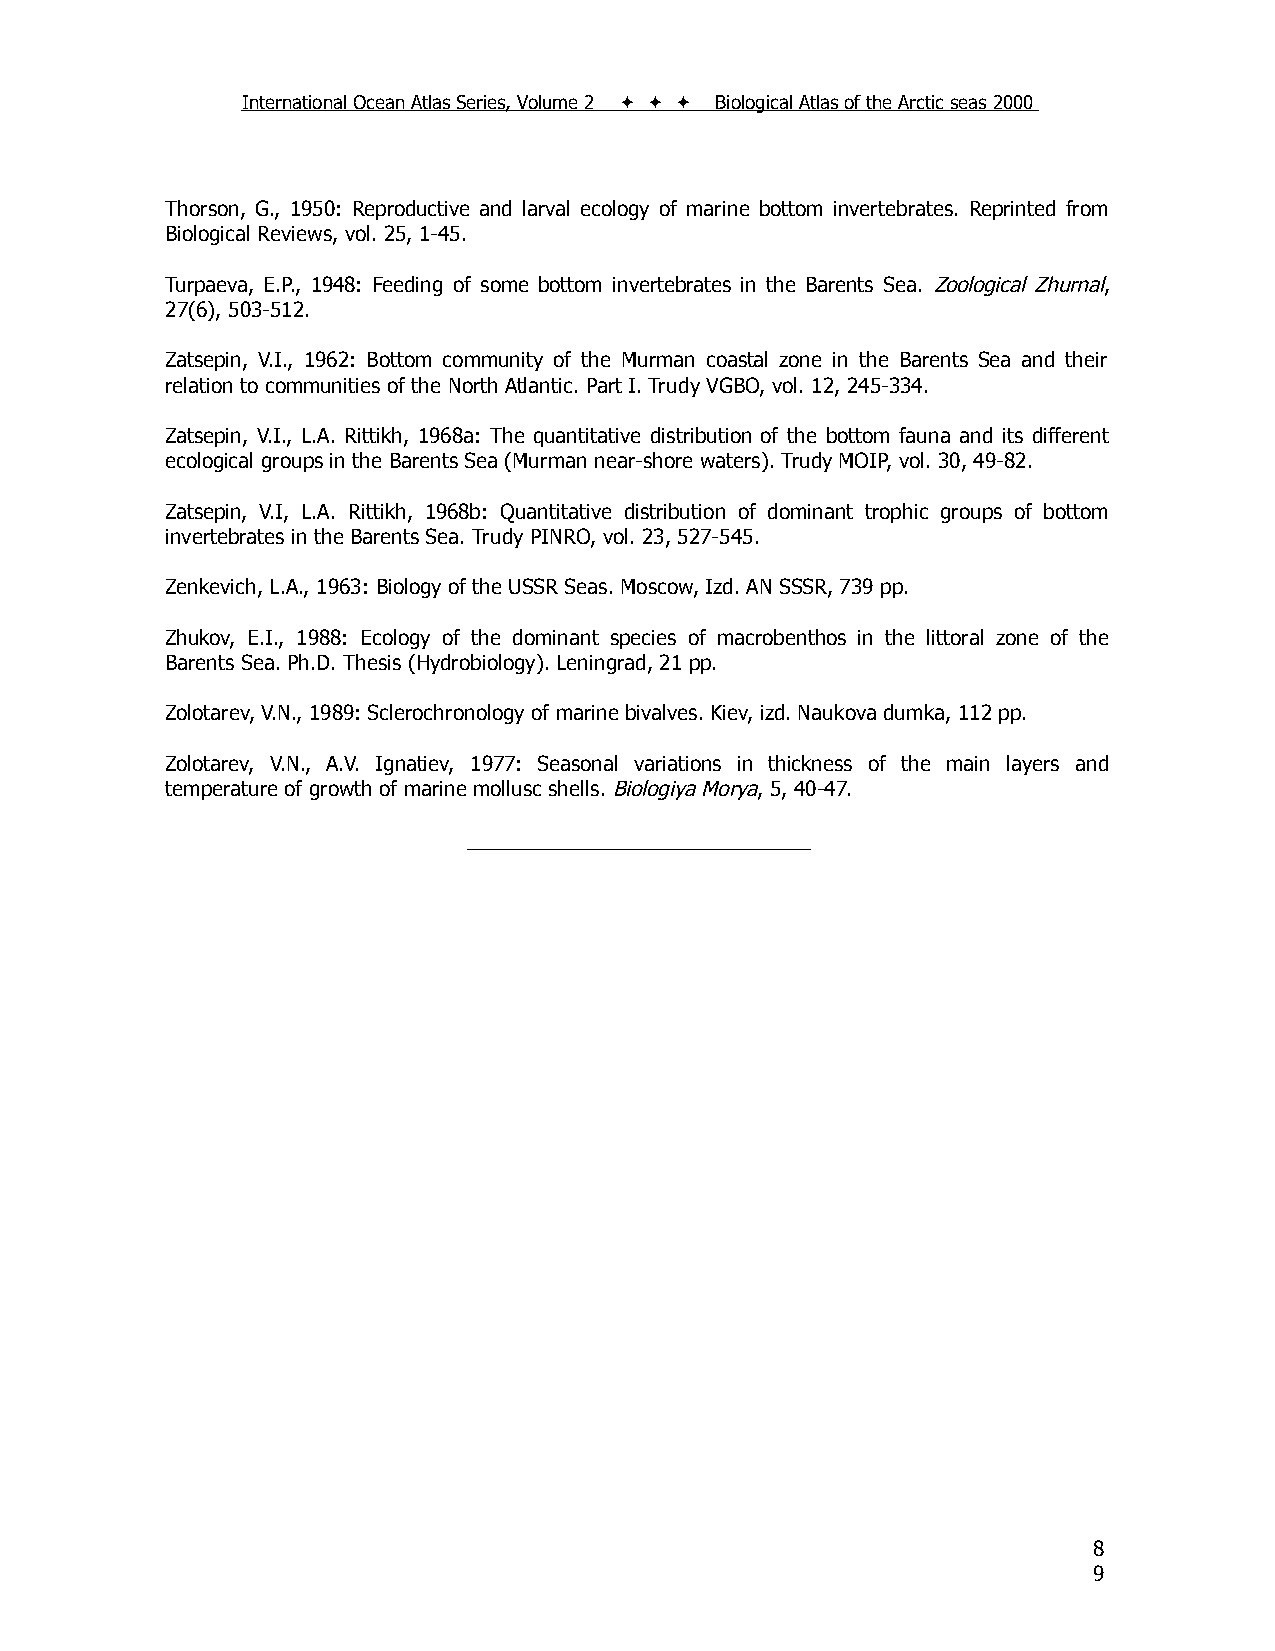
International Ocean Atlas Series, Volume 2    Biological Atlas of the Arctic seas 2000
 Thorson, G., 1950: Reproductive and larval ecology of marine bottom invertebrates. Reprinted from
 Biological Reviews, vol. 25, 1-45.
 Turpaeva, E.P., 1948: Feeding of some bottom invertebrates in the Barents Sea. Zoological Zhurnal,
 27(6), 503-512.
 Zatsepin, V.I., 1962: Bottom community of the Murman coastal zone in the Barents Sea and their
 relation to communities of the North Atlantic. Part I. Trudy VGBO, vol. 12, 245-334.
 Zatsepin, V.I., L.A. Rittikh, 1968a: The quantitative distribution of the bottom fauna and its different
 ecological groups in the Barents Sea (Murman near-shore waters). Trudy MOIP, vol. 30, 49-82.
 Zatsepin, V.I, L.A. Rittikh, 1968b: Quantitative distribution of dominant trophic groups of bottom
 invertebrates in the Barents Sea. Trudy PINRO, vol. 23, 527-545.
 Zenkevich, L.A., 1963: Biology of the USSR Seas. Moscow, Izd. AN SSSR, 739 pp.
 Zhukov, E.I., 1988: Ecology of the dominant species of macrobenthos in the littoral zone of the
 Barents Sea. Ph.D. Thesis (Hydrobiology). Leningrad, 21 pp.
 Zolotarev, V.N., 1989: Sclerochronology of marine bivalves. Kiev, izd. Naukova dumka, 112 pp.
 Zolotarev, V.N., A.V. Ignatiev, 1977: Seasonal variations in thickness of the main layers and
 temperature of growth of marine mollusc shells. Biologiya Morya, 5, 40-47.
 ______________________________
 8
 9